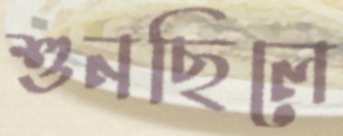
শুনছিলে